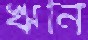
ঋনি